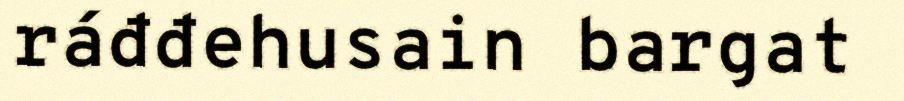
ráđđehusain bargat